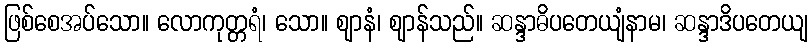
ဖြစ်စေအပ်သော။ လောကုတ္တရံ၊ သော။ ဈာနံ၊ ဈာန်သည်။ ဆန္ဒာဓိပတေယျံနာမ၊ ဆန္ဒာဒိပတေယျ